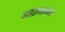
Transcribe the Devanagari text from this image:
आरमम्भ